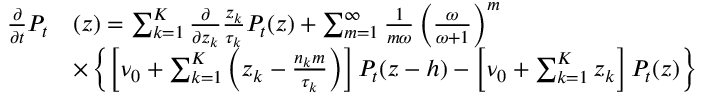
\begin{array} { r l } { \frac { \partial } { \partial t } P _ { t } } & { ( \boldsymbol { z } ) = \sum _ { k = 1 } ^ { K } \frac { \partial } { \partial z _ { k } } \frac { z _ { k } } { \tau _ { k } } P _ { t } ( \boldsymbol { z } ) + \sum _ { m = 1 } ^ { \infty } \frac { 1 } { m \omega } \left( \frac { \omega } { \omega + 1 } \right) ^ { m } } \\ & { \times \left\{ \left[ \nu _ { 0 } + \sum _ { k = 1 } ^ { K } \left( z _ { k } - \frac { n _ { k } m } { \tau _ { k } } \right) \right] P _ { t } ( \boldsymbol { z - h } ) - \left[ \nu _ { 0 } + \sum _ { k = 1 } ^ { K } z _ { k } \right] P _ { t } ( \boldsymbol { z } ) \right\} } \end{array}